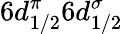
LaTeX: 6d_{1/2}^{\pi}6d_{1/2}^{\sigma}